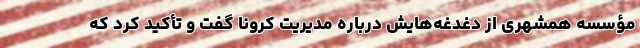
مؤسسه همشهری از دغدغه‌هایش درباره مدیریت کرونا گفت و تأکید کرد که